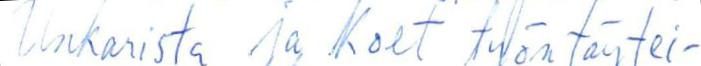
Unkarista ja koet työntäytei-